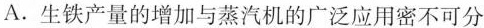
A.生铁产量的增加与蒸汽机的广泛应用密不可分